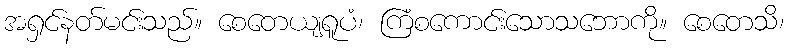
အရှင်နတ်မင်းသည်။ စေတေယျရူပံ၊ ကြံစကောင်းသောသဘောကို။ စေတေသိ၊